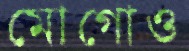
মোগোও